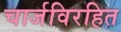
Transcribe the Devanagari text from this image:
चार्जविरहित